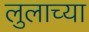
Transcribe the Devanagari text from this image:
लुलाच्या